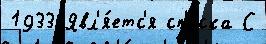
1933 Явл'я́етс'я сп'и́ска С